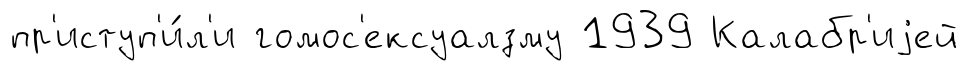
пр'иступ'и́л'и гомос'ексуалзму 1939 Калабр'иjей